画像に写った文字を読んでください
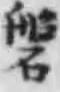
「磐」と書いてあります